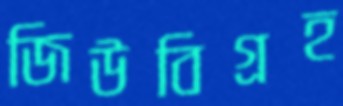
জিউবিগ্রহ